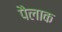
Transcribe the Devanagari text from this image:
पैलाक